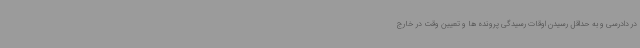
در دادرسی و به حداقل رسیدن اوقات رسیدگی پرونده ها و تعیین وقت در خارج